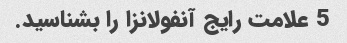
5 علامت رایج آنفولانزا را بشناسید.